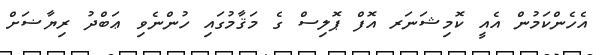
އެހެންކަމުން އެއީ ކޮމިޝަނަރ އޮފް ޕޮލިސް ގެ މަޤާމުގައި ހުންނެވި ޢަބްދު ރިޔާޟަށް